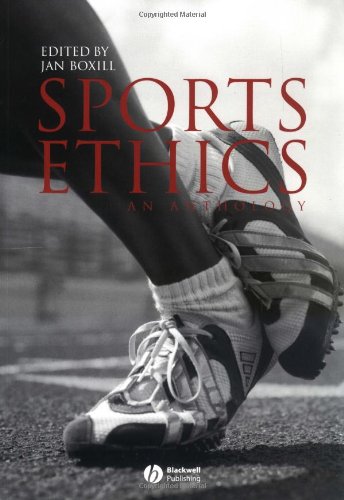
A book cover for Sports Ethics: An Anthology; Politics & Social Sciences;